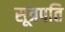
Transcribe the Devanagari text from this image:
सूत्रपति